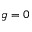
g = 0